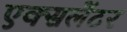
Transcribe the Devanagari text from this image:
एक्सलेंटर